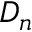
D _ { n }